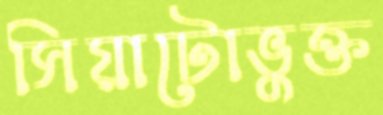
সিয়াটোভুক্ত